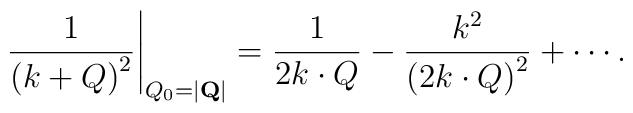
\left.\frac{1}{\left(k+Q\right)^2}\right|_{Q_0=|{\bf Q}|}= \frac{1}{2 k\cdot Q}-\frac{k^2}{\left(2 k\cdot Q\right)^2}+\cdots .